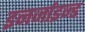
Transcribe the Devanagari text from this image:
इनर्जाइज्ड